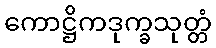
ကောဋ္ဌိကဒုက္ခသုတ္တံ